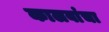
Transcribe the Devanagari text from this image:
कालवांचा